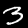
Label: 3